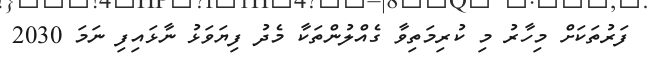
ފަރުތަކަށް މިހާރު މި ކުރިމަތިވާ ގެއްލުންތަކާ މެދު ފިޔަވަޅު ނާޅައިފި ނަމަ 2030